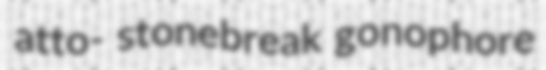
atto- stonebreak gonophore